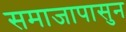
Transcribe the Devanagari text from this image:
समाजापासुन